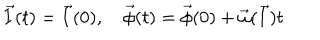
{ \vec { I } } ( t ) = { \vec { I } } ( 0 ) , \quad { \vec { \phi } } ( t ) = { \vec { \phi } } ( 0 ) + { \vec { \omega } } ( { \vec { I } } ) t